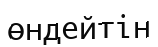
өндейтін